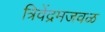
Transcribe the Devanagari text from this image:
त्रिवेंद्रमजवळ